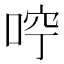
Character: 𠳽